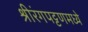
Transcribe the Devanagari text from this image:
श्रीरंगपट्टणमध्ये